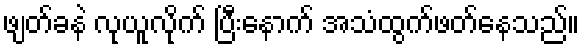
ဖျတ်ခနဲ လုယူလိုက် ပြီးနောက် အသံထွက်ဖတ်နေသည်။